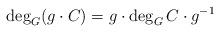
LaTeX: \begin{align*}\deg_G (g \cdot C) = g \cdot \deg_G C \cdot g^{-1} \end{align*}